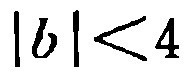
\(|b|<4\)